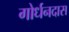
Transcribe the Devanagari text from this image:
गोर्धनदास